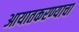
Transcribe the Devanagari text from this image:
आयातकरण्याचा